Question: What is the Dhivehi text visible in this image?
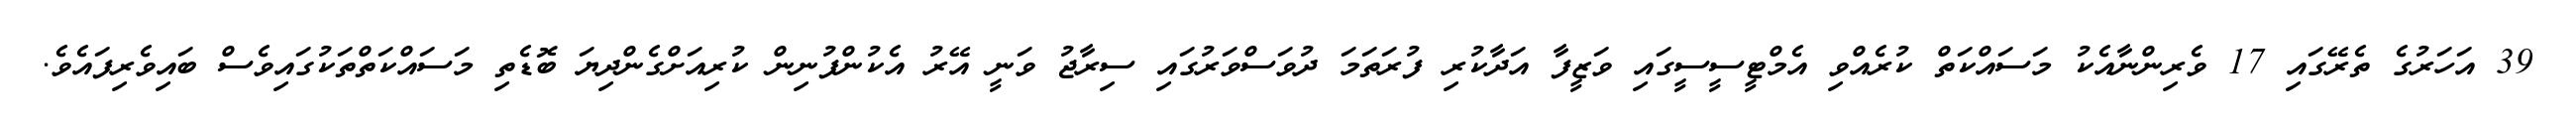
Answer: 39 އަހަރުގެ ތެރޭގައި 17 ވެރިންނާއެކު މަސައްކަތް ކުރެއްވި އެމްޓީސީސީގައި ވަޒީފާ އަދާކުރި ފުރަތަމަ ދުވަސްވަރުގައި ސިރާޖު ވަނީ އޭރު އެކުންފުނިން ކުރިއަށްގެންދިޔަ ބޮޑެތި މަސައްކަތްތަކުގައިވެސް ބައިވެރިފައެވެ.